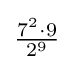
{\tfrac {7^{2}\cdot 9}{2^{9}}}